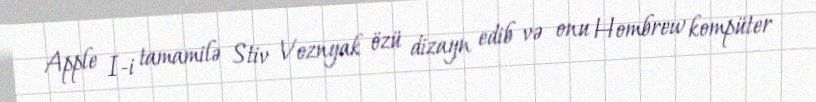
Apple I-i tamamilə Stiv Voznyak özü dizayn edib və onu Hombrew kompüter